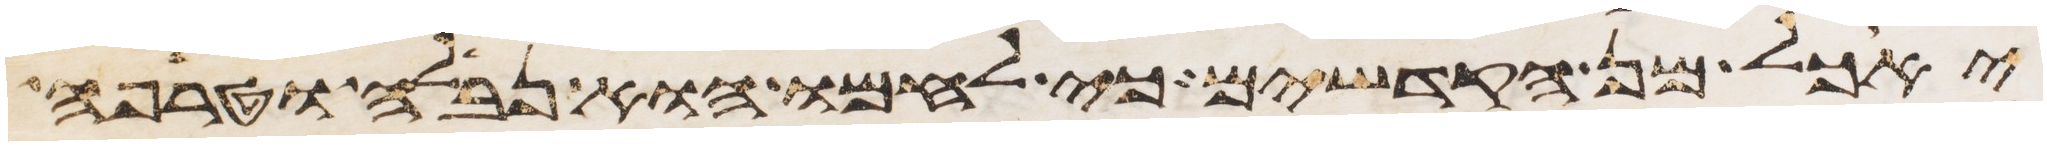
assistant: יאכל מן הקדשים כי לחמו הוא נבלה וטרפה